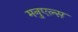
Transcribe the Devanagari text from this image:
मनुएल्स